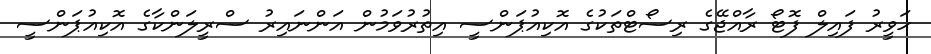
ހަވީރު ފައިލް ފޮޓޯ ރާއްޖޭގެ ރިސޯޓްތަކުގެ އޮކިއުޕަންސީ އިތުރުވަމުން އަންނައިރު ސްރީލަންކާގެ އޮކިއުޕަންސީ